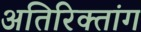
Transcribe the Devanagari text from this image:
अतिरिक्तांग